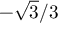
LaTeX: - { \sqrt { 3 } } / 3